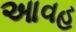
આવહ